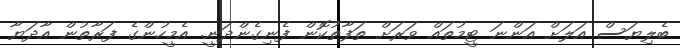
ބެލިޔަސް އަލަށް އަންނަ ޓީމުތައް ވަރަށް ތަފާތުކޮން ފެނިގެންދަނީ. އެމީހުންގެ ފަރާތުން އާދަޔާ